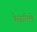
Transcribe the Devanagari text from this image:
हेसारिले